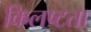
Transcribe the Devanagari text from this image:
किलष्टता